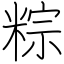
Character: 粽